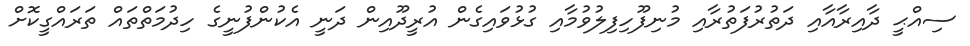
ސިއްޙީ ދާއިރާއާއި ދަތުރުފަތުރާއި މުނިފޫހިފިލުވުމާއި ގުޅުވައިގެން އުރީދޫއިން ދަނީ އެކުންފުނީގެ ހިދުމަތްތައް ތަރައްގީކޮށް